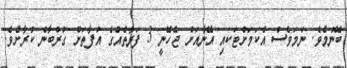
ބޭނުމެވެ. ނަމަވެސް އެކަމަށްޓަކއި އޭނާއަށް ޖެހޭނީ 3 ފަރާތެއްގެ އުފާތަށް ގުރްބާން ކުރާށެވެ.